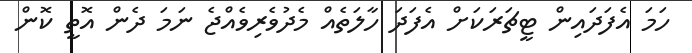
ހަމަ އެފަދައިން ޓީޗަރަކަށް އެފަދަ ހާލަތެއް މެދުވެރިވެއްޖެ ނަމަ ދެން އޮތީ ކޮން